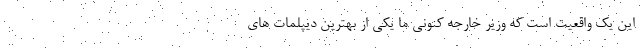
این یک واقعیت است که وزیر خارجه کنونی ما یکی از بهترین دیپلمات های